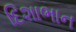
દિશાભાન